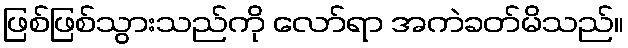
ဖြစ်ဖြစ်သွားသည်ကို လော်ရာ အကဲခတ်မိသည်။